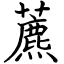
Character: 藨